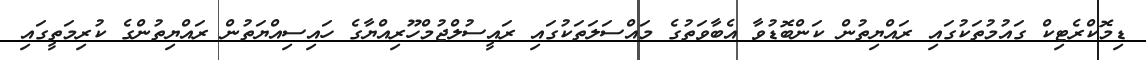
ޑިމޮކްރެޓިކް ގައުމުތަކުގައި ރައްޔިތުން ކަންބޮޑުވާ އެބާވަތުގެ މައްސަލަތަކުގައި ރައީސުލްޖުމްހޫރިއްޔާގެ ހައިސިއްޔަތުން ރައްޔިތުންގެ ކުރިމަތީގައި